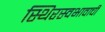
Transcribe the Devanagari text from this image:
स्थिरस्वभावाची